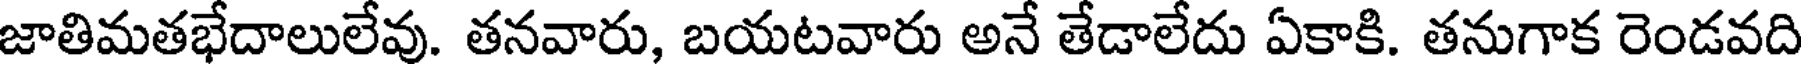
జాతిమతభేదాలులేవు. తనవారు, బయటవారు అనే తేడాలేదు ఏకాకి. తనుగాక రెండవది